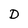
Character: D